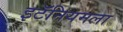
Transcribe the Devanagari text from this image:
इटॅनियमला